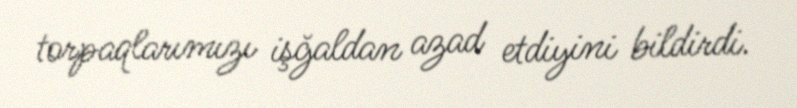
torpaqlarımızı işğaldan azad etdiyini bildirdi.